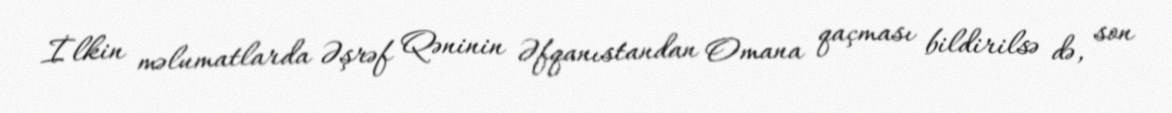
İlkin məlumatlarda Əşrəf Qəninin Əfqanıstandan Omana qaçması bildirilsə də, son